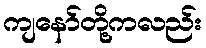
ကျနော်တို့ကလည်း